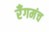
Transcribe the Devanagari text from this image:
रँगमंच